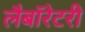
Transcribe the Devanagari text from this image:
लैबॉरेटरी